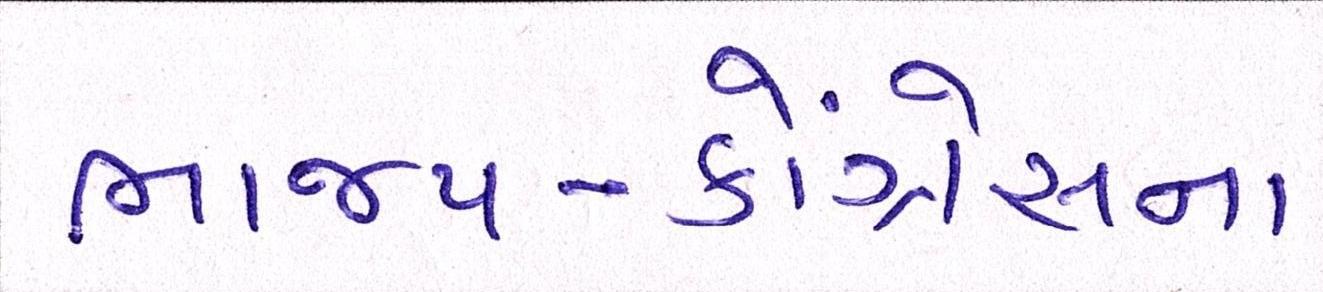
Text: ભાજપ-કોંગ્રેસના